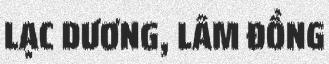
LẠC DƯƠNG, LÂM ĐỒNG